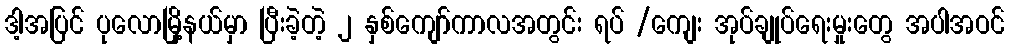
ဒါ့အပြင် ပုလောမြို့နယ်မှာ ပြီးခဲ့တဲ့ ၂ နှစ်ကျော်ကာလအတွင်း ရပ် /ကျေး အုပ်ချုပ်ရေးမှုးတွေ အပါအဝင်